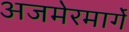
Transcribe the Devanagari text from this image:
अजमेरमार्गे